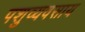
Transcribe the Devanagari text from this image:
पशुव्यवसाय